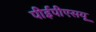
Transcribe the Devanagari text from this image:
पीईपीएसयू